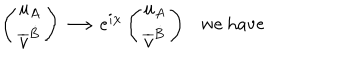
\left( \begin{array} { l } { { u _ { A } } } \\ { { \overline { { { v } } } ^ { \dot { B } } } } \\ \end{array} \right) \longrightarrow e ^ { i \chi } \left( \begin{array} { l } { { u _ { A } } } \\ { { \overline { { { v } } } ^ { \dot { B } } } } \\ \end{array} \right) \ \ \ \mathrm { w e ~ h a v e }